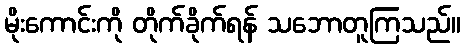
မိုးကောင်းကို တိုက်ခိုက်ရန် သဘောတူကြသည်။